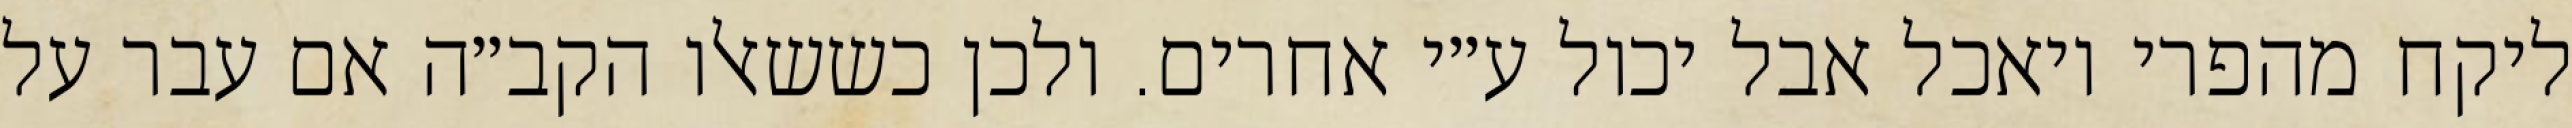
ליקח מהפרי ויאכל אבל יכול ע״י אחרים. ולכן כששאלו הקב״ה אם עבר על